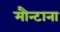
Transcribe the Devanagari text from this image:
मौन्टाना